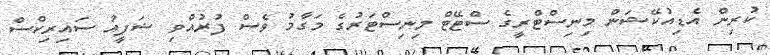
ކުރިން އެޑިއުކޭޝަން މިނިސްޓްރީގެ ސްޓޭޓް މިނިސްޓަރުގެ މަގާމު ވެސް ފުރުއްވި ޝަފީއު ސައިރިކްސް